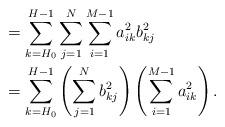
LaTeX: \begin{align*}&= \sum_{k=H_0}^{H-1} \sum_{j=1}^N \sum_{i=1}^{M-1} a_{ik}^2 b_{kj}^2 \\&= \sum_{k=H_0}^{H-1} \left( \sum_{j=1}^N b_{kj}^2 \right) \left( \sum_{i=1}^{M-1} a_{ik}^2 \right).\end{align*}